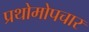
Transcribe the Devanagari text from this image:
प्रथोमोपचार